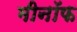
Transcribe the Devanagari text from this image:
मीनॉफ